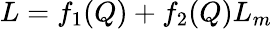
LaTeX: L=f_{1}(Q)+f_{2}(Q)L_{m}